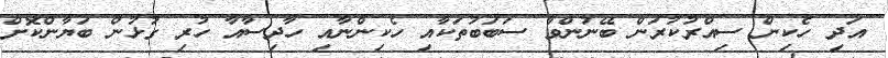
އަދި ހެކިން ސިއްރުކުރަން ބޭނުންވާ ސަބަބުތަކާއި ހެކިންނާއި ހާދިސާއާ ހުރި ގުޅުން ބަޔާންކޮށް